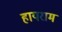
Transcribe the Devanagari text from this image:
हायराम